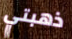
ذهبتي